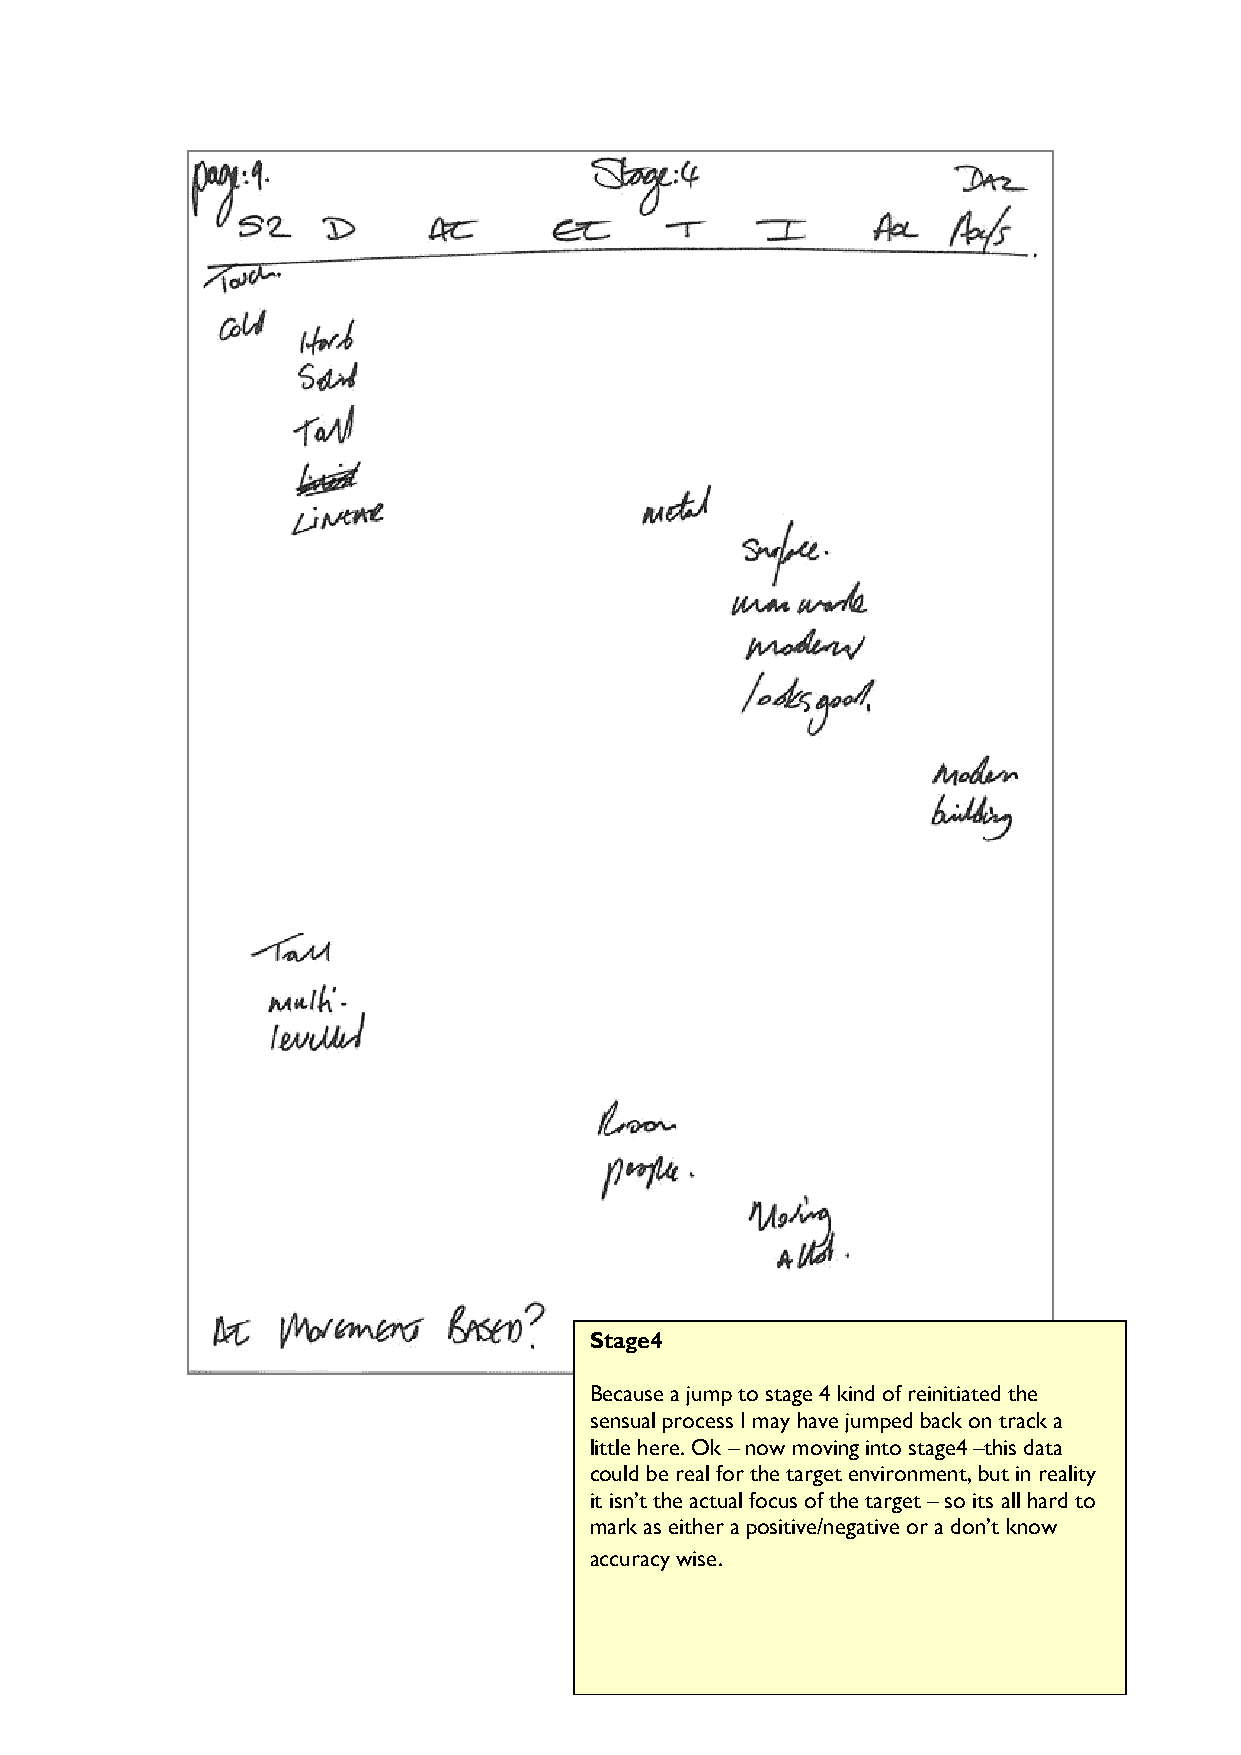
Stage4
 Because a jump to stage 4 kind of reinitiated the
 sensual process I may have jumped back on track a
 little here. Ok – now moving into stage4 –this data
 could be real for the target environment, but in reality
 it isn’t the actual focus of the target – so its all hard to
 mark as either a positive/negative or a don’t know
 accuracy wise.